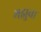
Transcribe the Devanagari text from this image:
मझुवा